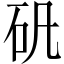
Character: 矾